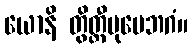
ယောနိ တွိတ္ထီပုမေဘဂံ။